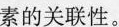
素的关联性。